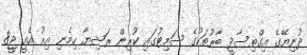
ދުނިޔޭގެ އިގްތިސާދީ ބާރުތަކުގެ ސަމިޓުގައި ކުރިން ރަޝިޔާ ހިމެނި އިރު އެއީ ޖީ8